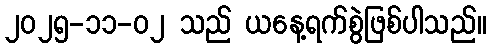
၂၀၂၅-၁၁-၀၂ သည် ယနေ့ရက်စွဲဖြစ်ပါသည်။